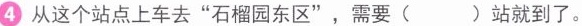
④从这个站点上车去”石榴园东区”，需要()站就到了。